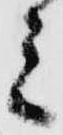
ミ